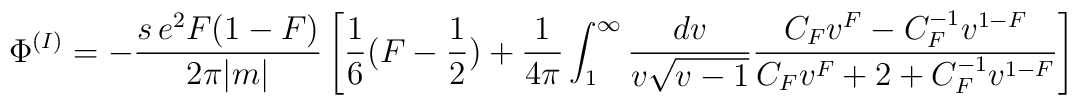
{\Phi}^{(I)} =-\frac{s\,e^{2}F(1-F)}{2\pi |m|}\left[\frac{1}{6}(F - \frac{1}{2}) +\frac{1}{4\pi}\int_{1}^{\infty}\frac{dv}{v{\sqrt{v-1}}}\frac{C_{F}v^{F} -C_{F}^{-1}v^{1-F}}{C_{F}v^{F} + 2 + C_{F}^{-1}v^{1-F}}\right]